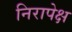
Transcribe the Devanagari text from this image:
निरापेक्ष